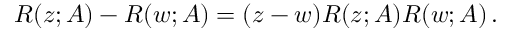
R ( z ; A ) - R ( w ; A ) = ( z - w ) R ( z ; A ) R ( w ; A ) \, .